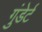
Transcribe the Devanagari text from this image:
गुंडेर्ट